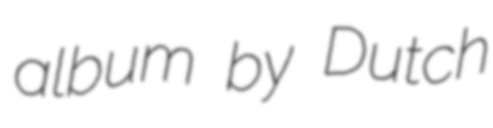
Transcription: album by Dutch